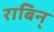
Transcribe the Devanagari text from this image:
राबिन्‌